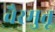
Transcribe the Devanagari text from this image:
वैरमुत्तू